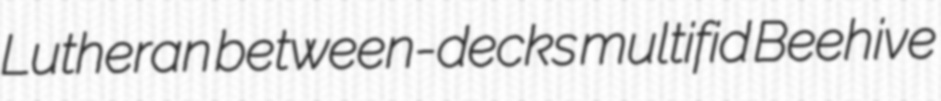
Lutheran between-decks multifid Beehive